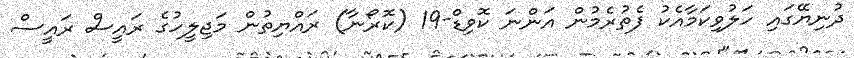
ދުނިޔޭގައި ހަލުވިކަމާއެކު ފެތުރެމުން އަންނަ ކޮވިޑް-19 (ކޮރޯނާ) ރައްޔިތުން މަޖިލީހުގެ ރައީސް ރައީސް